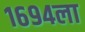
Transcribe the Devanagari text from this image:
१६९४ला